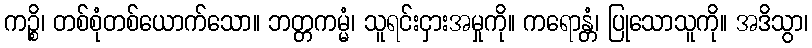
ကဉ္စိ၊ တစ်စုံတစ်ယောက်သော။ ဘတ္တကမ္မံ၊ သူရင်းငှားအမှုကို။ ကရောန္တံ၊ ပြုသောသူကို။ အဒိသွာ၊